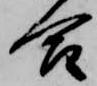
合